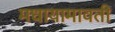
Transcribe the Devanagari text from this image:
मधायामावती